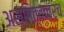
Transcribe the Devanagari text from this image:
अस्तित्वावरच